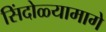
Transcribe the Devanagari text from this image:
सिंदोळ्यामागे